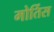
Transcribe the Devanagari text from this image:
मोर्तिस